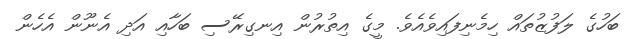
ބަހުގެ ލަފުޒުތައް ހިމެނިފައިވެއެވެ. މީގެ އިތުރުން އިނގިރޭސި ބަހާއި އަދި އެނޫން އެހެން